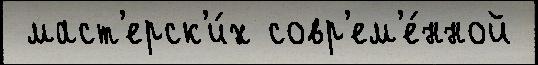
 маст'ерск'и́х совр'ем'е́нной